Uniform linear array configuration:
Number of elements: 48
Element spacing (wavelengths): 0.25
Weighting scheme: cosine
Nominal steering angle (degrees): -30
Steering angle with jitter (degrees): -29.599
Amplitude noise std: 0.05
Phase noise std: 0.05

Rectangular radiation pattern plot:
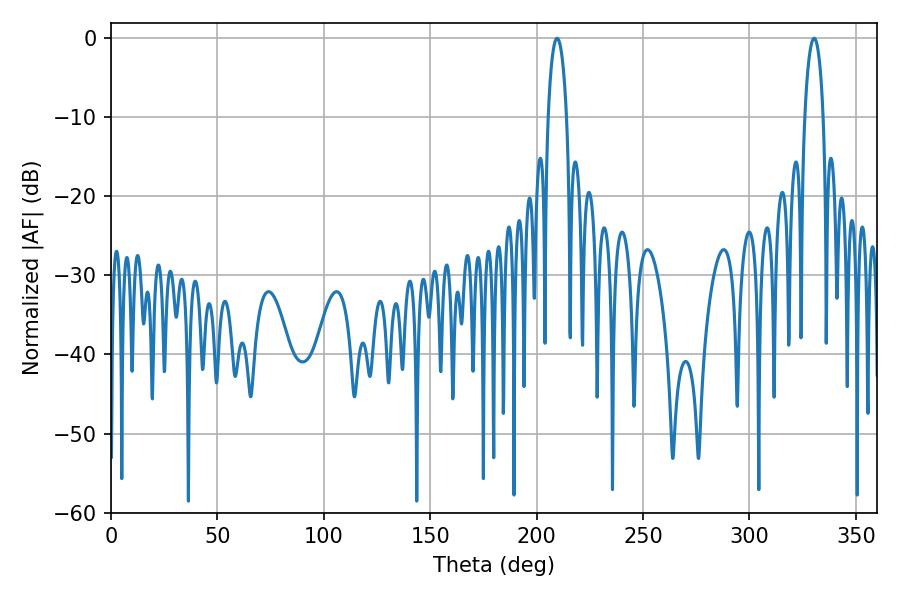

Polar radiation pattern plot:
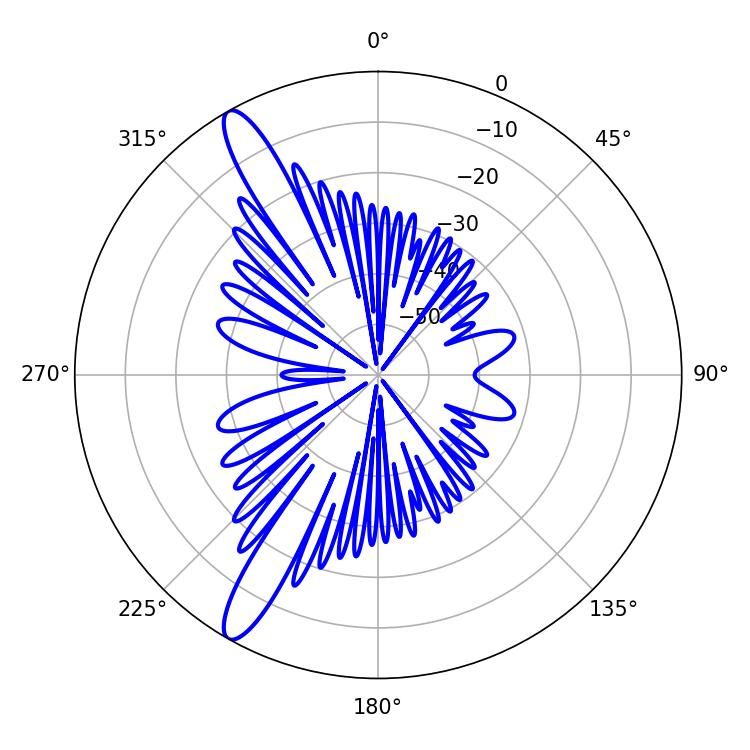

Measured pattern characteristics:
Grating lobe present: FALSE
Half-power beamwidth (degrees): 4.86
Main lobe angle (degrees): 209.7